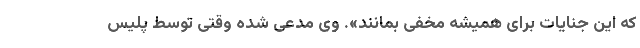
که این جنایات برای همیشه مخفی بمانند». وی مدعی شده وقتی توسط پلیس